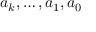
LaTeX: a _ { k } , \dotsc , a _ { 1 } , a _ { 0 }